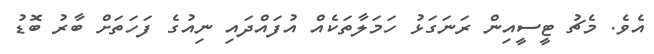
އެވެ. މެޗު ޓީސީއިން ރަނަގަޅު ހަމަލާތަކެއް އުފައްދައި ނިއުގެ ފަހަތަށް ބާރު ބޮޑު